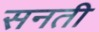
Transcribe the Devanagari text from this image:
सनती